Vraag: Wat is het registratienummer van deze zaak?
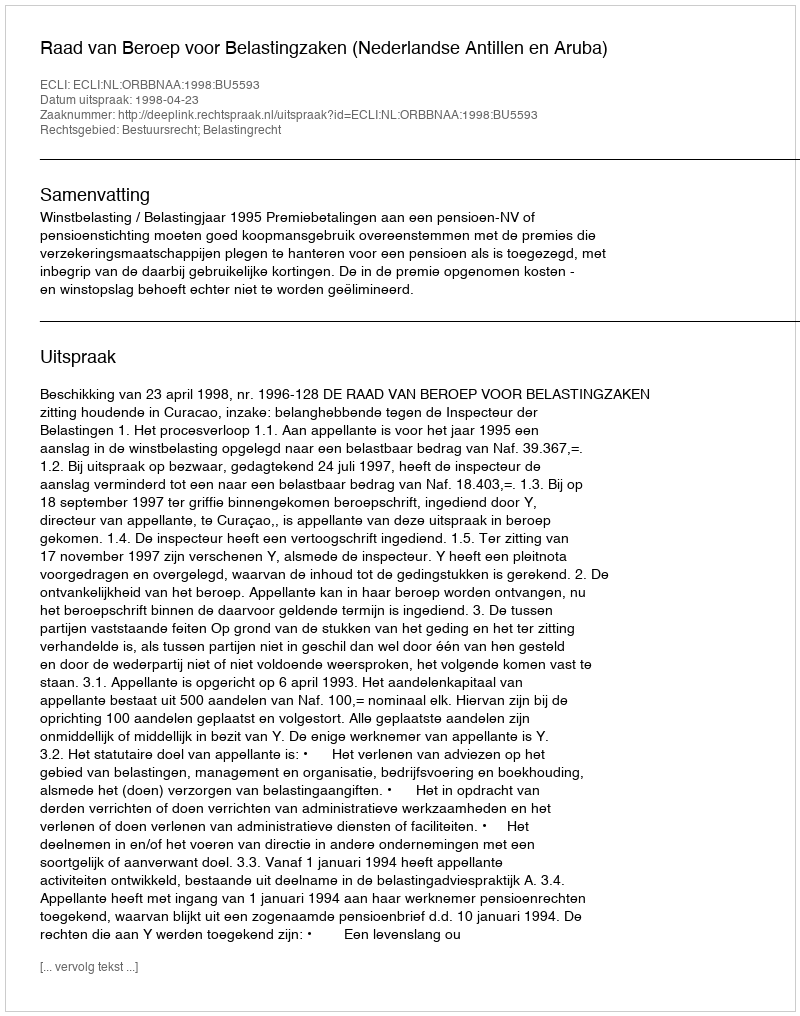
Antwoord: http://deeplink.rechtspraak.nl/uitspraak?id=ECLI:NL:ORBBNAA:1998:BU5593